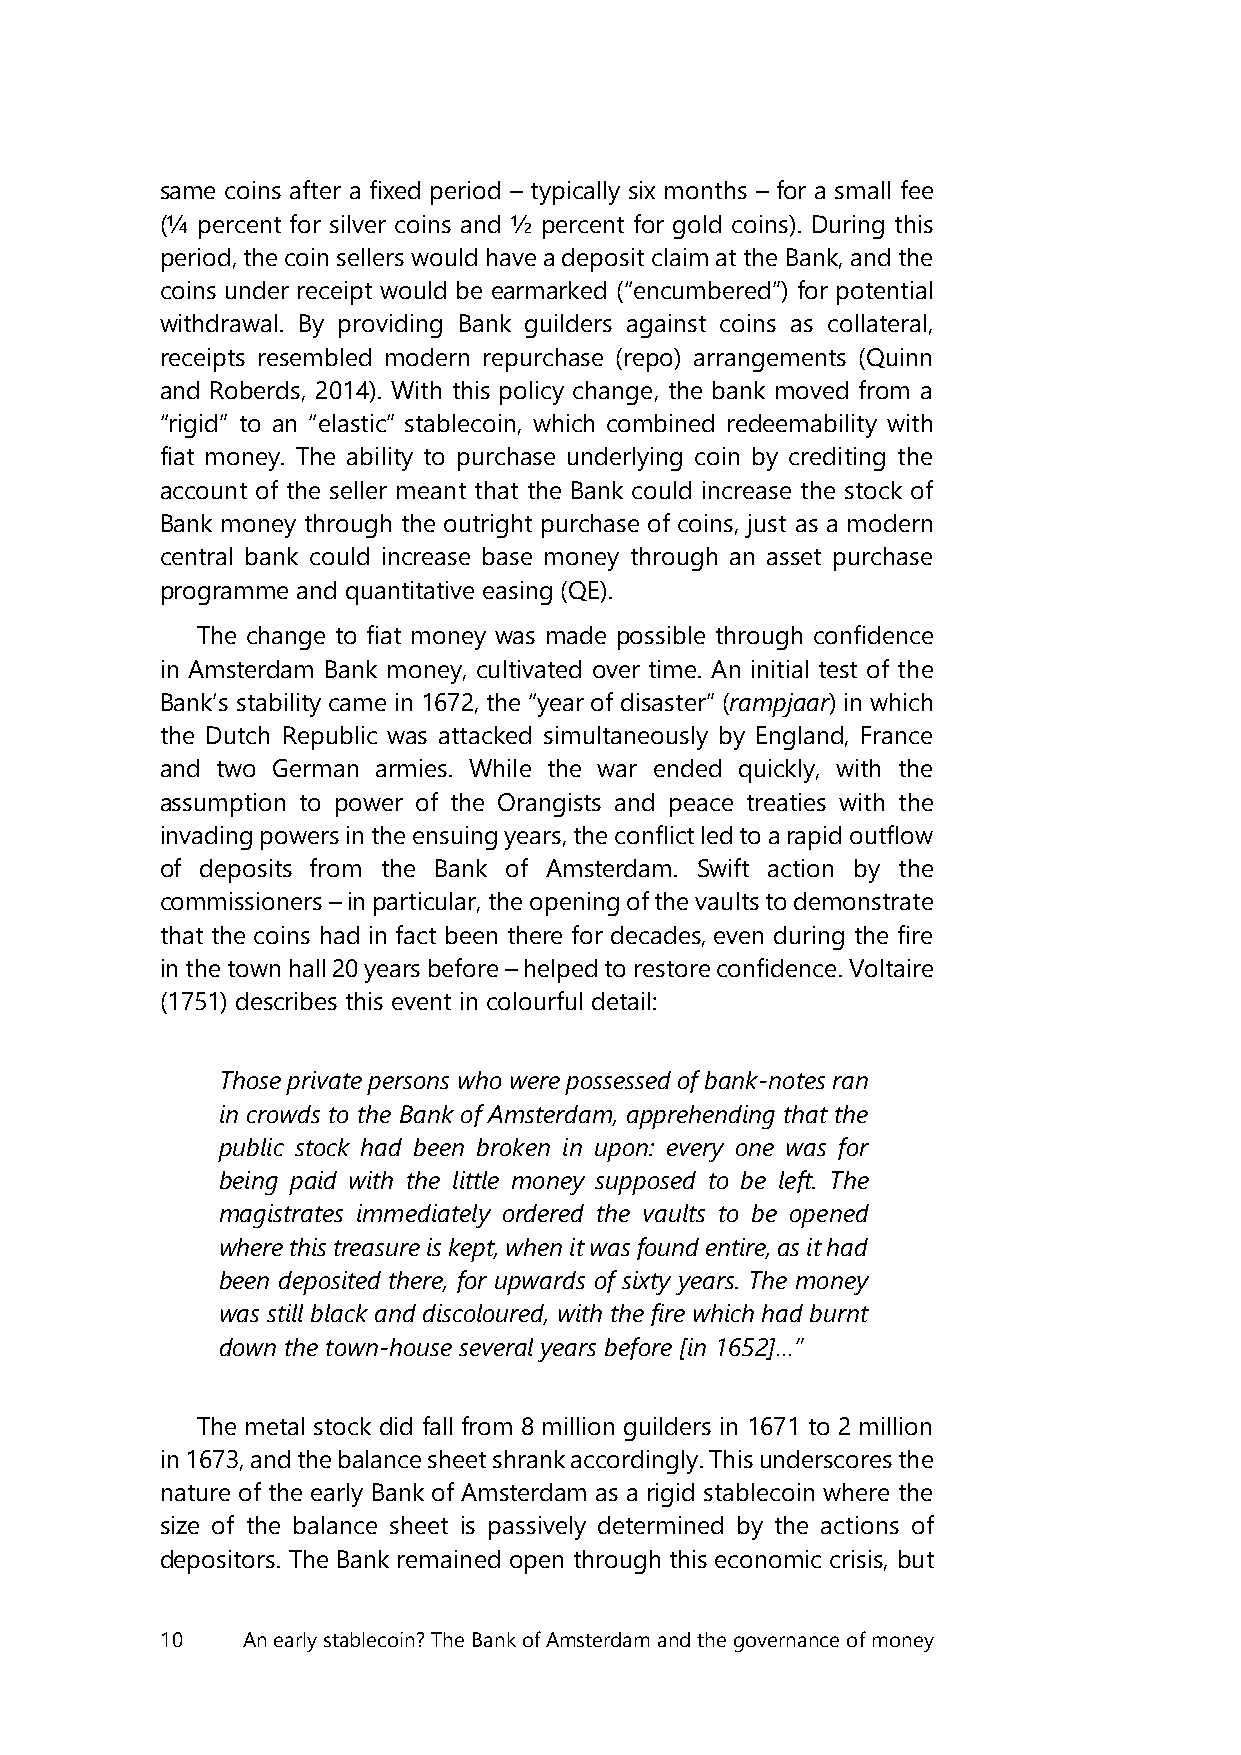
same coins after a fixed period – typically six months – for a small fee
 (¼ percent for silver coins and ½ percent for gold coins). During this
 period, the coin sellers would have a deposit claim at the Bank, and the
 coins under receipt would be earmarked (“encumbered”) for potential
 withdrawal. By providing Bank guilders against coins as collateral,
 receipts resembled modern repurchase (repo) arrangements (Quinn
 and Roberds, 2014). With this policy change, the bank moved from a
 “rigid” to an “elastic” stablecoin, which combined redeemability with
 fiat money. The ability to purchase underlying coin by crediting the
 account of the seller meant that the Bank could increase the stock of
 Bank money through the outright purchase of coins, just as a modern
 central bank could increase base money through an asset purchase
 programme and quantitative easing (QE).
 The change to fiat money was made possible through confidence
 in Amsterdam Bank money, cultivated over time. An initial test of the
 Bank’s stability came in 1672, the “year of disaster” (rampjaar) in which
 the Dutch Republic was attacked simultaneously by England, France
 and two German armies. While the war ended quickly, with the
 assumption to power of the Orangists and peace treaties with the
 invading powers in the ensuing years, the conflict led to a rapid outflow
 of deposits from the Bank of Amsterdam. Swift action by the
 commissioners – in particular, the opening of the vaults to demonstrate
 that the coins had in fact been there for decades, even during the fire
 in the town hall 20 years before – helped to restore confidence. Voltaire
 (1751) describes this event in colourful detail:
 Those private persons who were possessed of bank-notes ran
 in crowds to the Bank of Amsterdam, apprehending that the
 public stock had been broken in upon: every one was for
 being paid with the little money supposed to be left. The
 magistrates immediately ordered the vaults to be opened
 where this treasure is kept, when it was found entire, as it had
 been deposited there, for upwards of sixty years. The money
 was still black and discoloured, with the fire which had burnt
 down the town-house several years before [in 1652]…”
 The metal stock did fall from 8 million guilders in 1671 to 2 million
 in 1673, and the balance sheet shrank accordingly. This underscores the
 nature of the early Bank of Amsterdam as a rigid stablecoin where the
 size of the balance sheet is passively determined by the actions of
 depositors. The Bank remained open through this economic crisis, but
 10   An early stablecoin? The Bank of Amsterdam and the governance of money